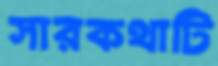
সারকথাটি